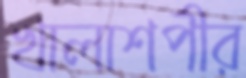
খালাশপীর